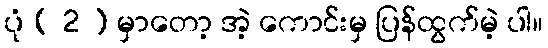
ပုံ ( 2 ) မှာတော့ အဲ့ ကောင်းမှ ပြန်ထွက်မဲ့ ပါ။